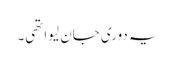
یہ دوری جان لیوا تھی۔